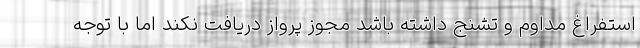
استفراغ مداوم و تشنج داشته باشد مجوز پرواز دریافت نکند اما با توجه